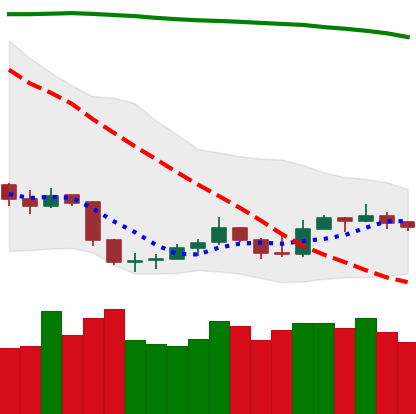
Ticker: LTC-USD
Chart end date: 2019-09-12
Forward return: 7.217%
Label: up_7plus